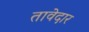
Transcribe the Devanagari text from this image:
तावेदार